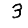
Digit: 3